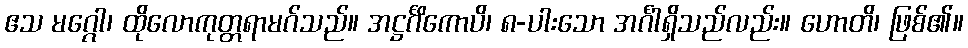
ဧသ မဂ္ဂေါ၊ ထိုလောကုတ္တရာမဂ်သည်။ အဋ္ဌင်္ဂိကောပိ၊ ၈-ပါးသော အင်္ဂါရှိသည်လည်း။ ဟောတိ၊ ဖြစ်၏။